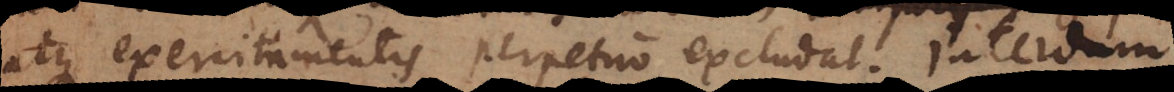
atque exercitamentis perpetuo excludat. Interdum